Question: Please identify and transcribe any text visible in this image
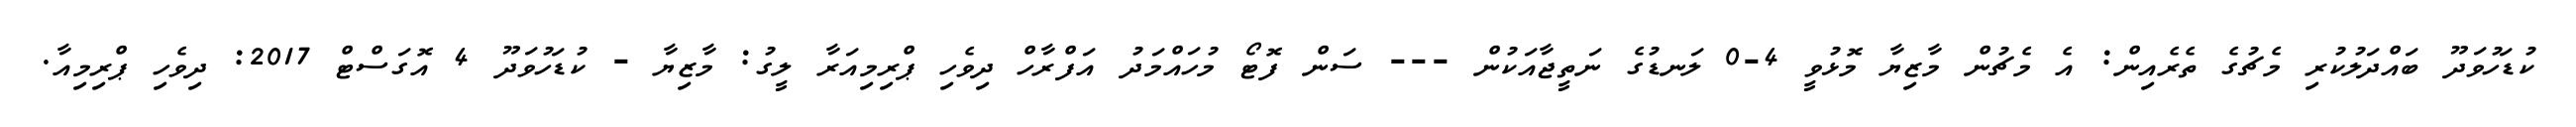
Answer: ކުޑަހުވަދޫ ބައްދަލުކުރި މެޗުގެ ތެރެއިން: އެ މެޗުން މާޒިޔާ މޮޅުވީ 4-0 ލަނޑުގެ ނަތީޖާއަކުން --- ސަން ފޮޓޯ މުހައްމަދު އަފްރާހް ދިވެހި ޕްރިމިއަރާ ލީގު: މާޒިޔާ - ކުޑަހުވަދޫ 4 އޮގަސްޓް 2017: ދިވެހި ޕްރިމިއާ.